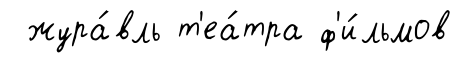
жура́вль т'еа́тра ф'и́льмов